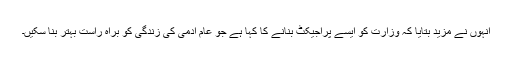
انہوں نے مزید بتایا کہ وزارت کو ایسے پراجیکٹ بنانے کا کہا ہے جو عام آدمی کی زندگی کو براہ راست بہتر بنا سکیں۔